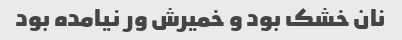
نان خشک بود و خمیرش ور نیامده بود